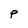
Character: P